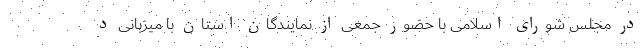
در مجلس شورای اسلامی با حضور جمعی از نمایندگان استان با میزبانی د